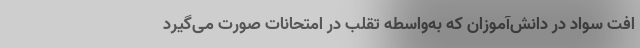
افت سواد در دانش‌آموزان که به‌واسطه تقلب در امتحانات صورت می‌گیرد